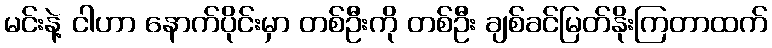
မင်းနဲ့ ငါဟာ နောက်ပိုင်းမှာ တစ်ဦးကို တစ်ဦး ချစ်ခင်မြတ်နိုးကြတာထက်